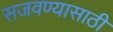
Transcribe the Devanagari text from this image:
सजवण्यासाठी